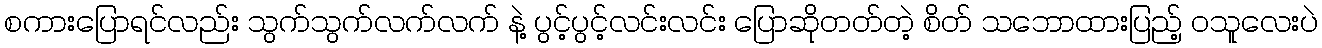
စကားပြောရင်လည်း သွက်သွက်လက်လက် နဲ့ ပွင့်ပွင့်လင်းလင်း ပြောဆိုတတ်တဲ့ စိတ် သဘောထားပြည့် ဝသူလေးပဲ